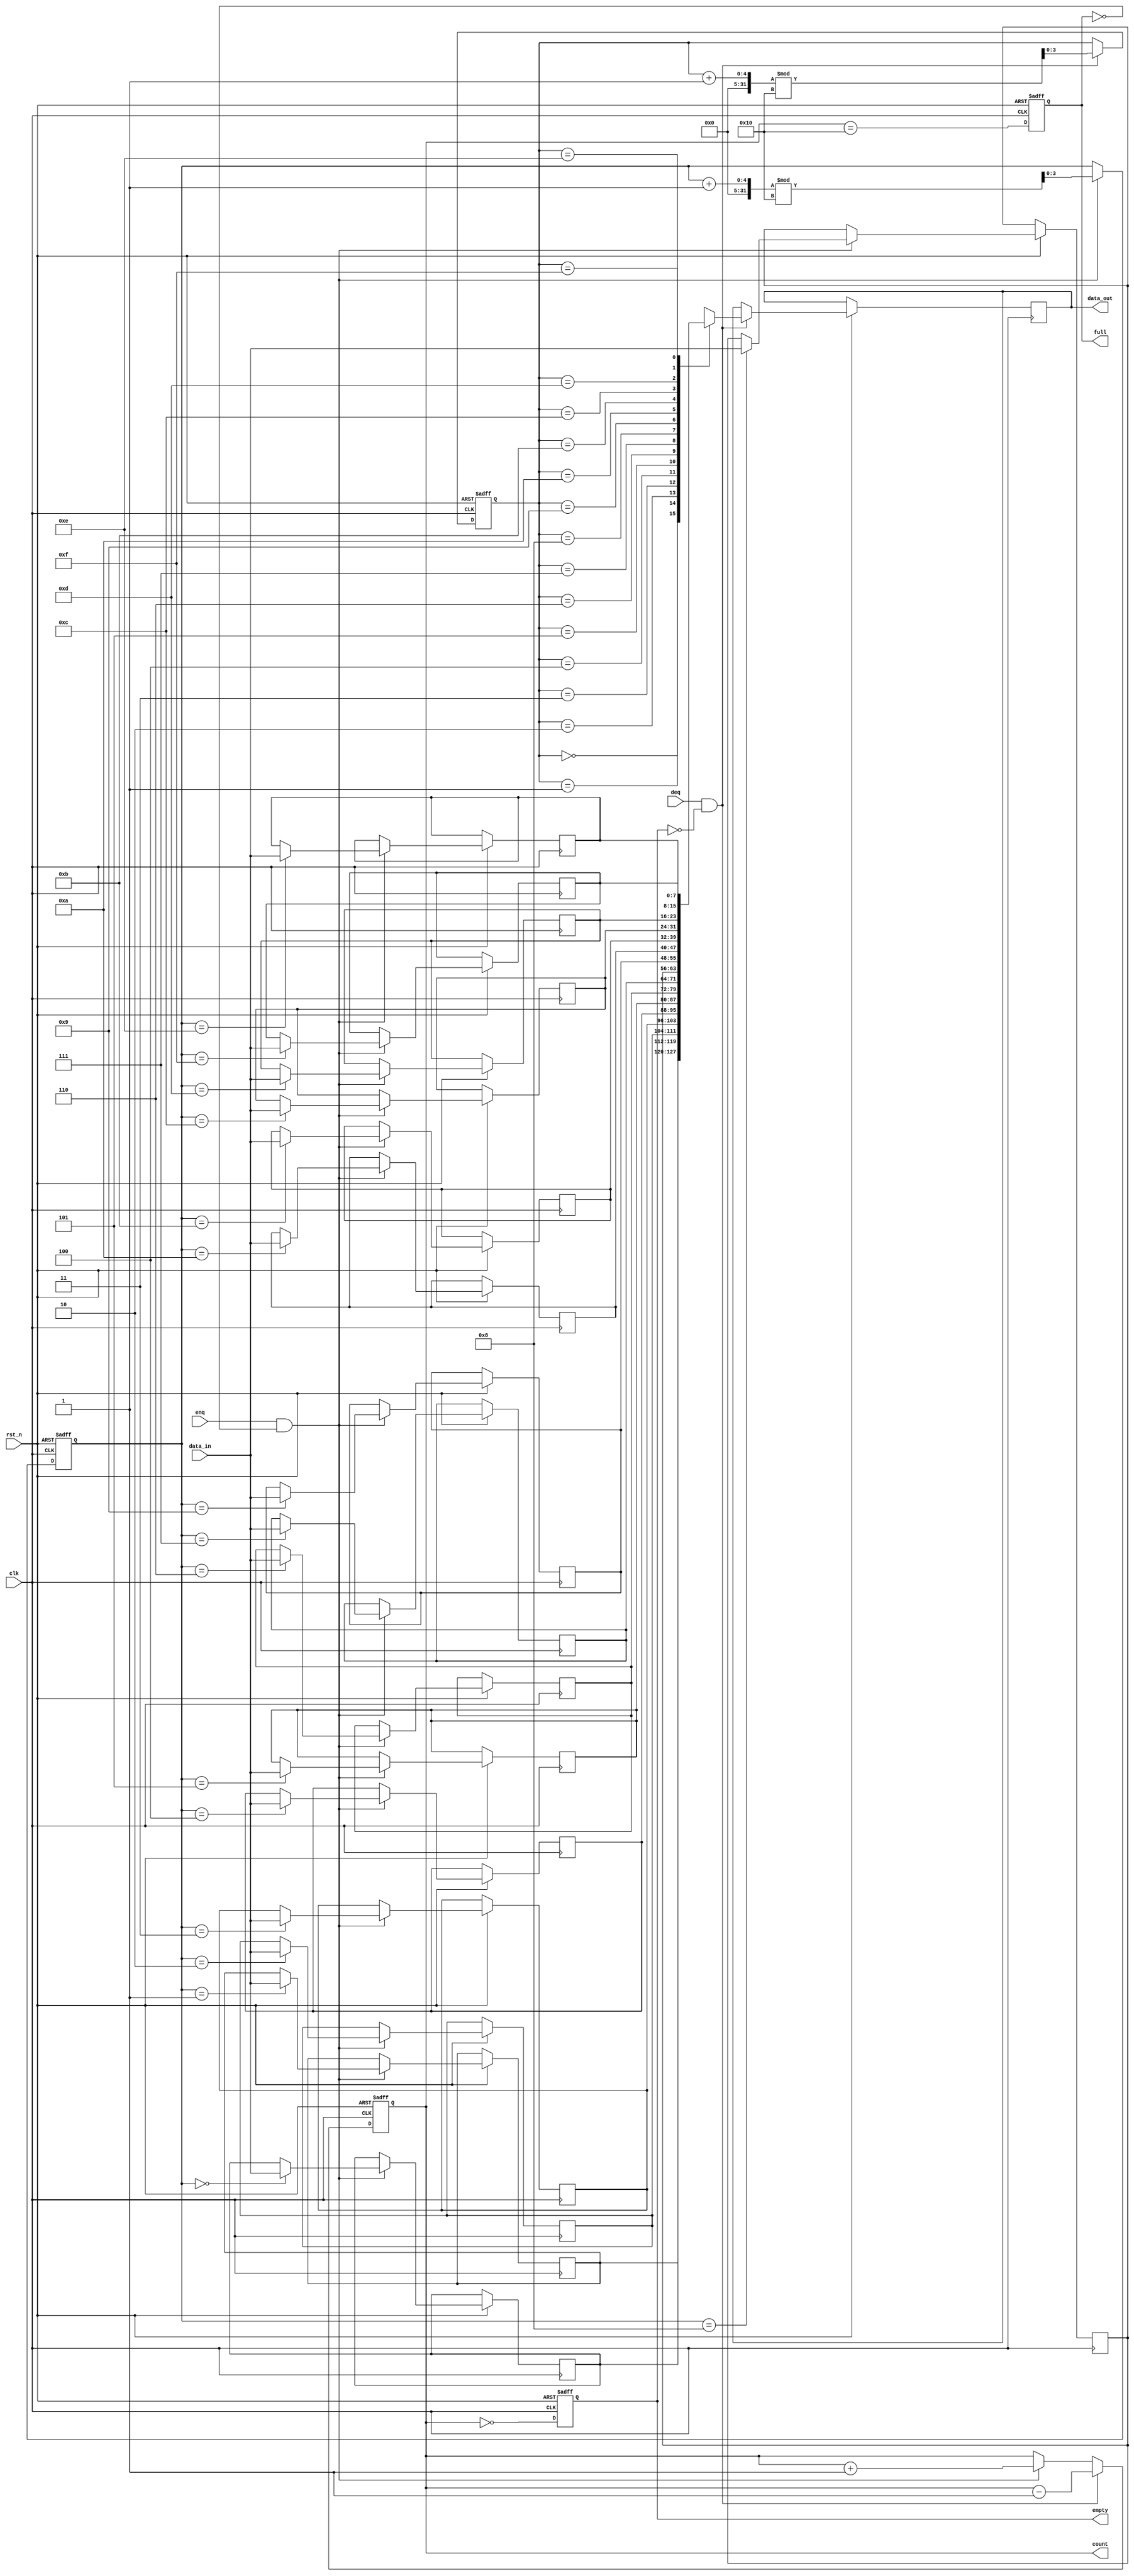
module parameterized_fifo #(
    parameter DATA_WIDTH = 8,   // Width of each data entry
    parameter FIFO_DEPTH = 16    // Total number of entries in the FIFO
)(
    input wire clk,              // Clock signal
    input wire rst_n,            // Asynchronous reset (active low)
    input wire [DATA_WIDTH-1:0] data_in, // Data input for enqueue
    input wire enq,              // Enqueue control signal
    input wire deq,              // Dequeue control signal
    output reg [DATA_WIDTH-1:0] data_out, // Data output for dequeue
    output reg full,             // FIFO full indicator
    output reg empty,            // FIFO empty indicator
    output reg [$clog2(FIFO_DEPTH):0] count // Current number of items in FIFO
);

    // Internal memory array
    reg [DATA_WIDTH-1:0] fifo_mem [0:FIFO_DEPTH-1];
    reg [$clog2(FIFO_DEPTH)-1:0] wr_ptr; // Write pointer
    reg [$clog2(FIFO_DEPTH)-1:0] rd_ptr; // Read pointer

    // Initialize FIFO on reset
    always @(posedge clk or negedge rst_n) begin
        if (!rst_n) begin
            wr_ptr <= 0;
            rd_ptr <= 0;
            count <= 0;
            full <= 0;
            empty <= 1;
        end else begin
            // Enqueue operation
            if (enq && !full) begin
                fifo_mem[wr_ptr] <= data_in; // Store data
                wr_ptr <= (wr_ptr + 1) % FIFO_DEPTH; // Increment write pointer
                count <= count + 1; // Increment count
            end
            
            // Dequeue operation
            if (deq && !empty) begin
                data_out <= fifo_mem[rd_ptr]; // Read data
                rd_ptr <= (rd_ptr + 1) % FIFO_DEPTH; // Increment read pointer
                count <= count - 1; // Decrement count
            end
            
            // Update full and empty flags
            full <= (count == FIFO_DEPTH);
            empty <= (count == 0);
        end
    end

endmodule